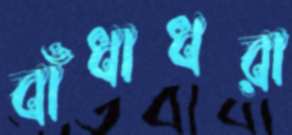
বাঁধাধরা